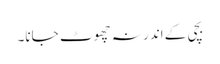
بچی کے اندر نہ چھوٹ جانا۔